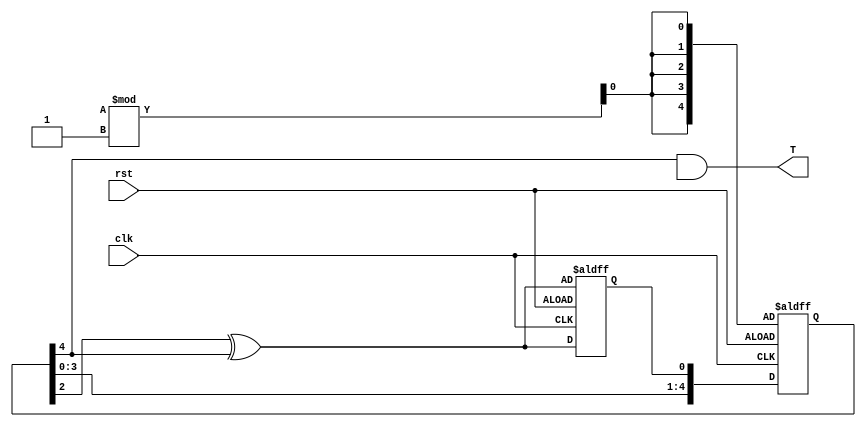
module Traffic_Sensor(T,clk,rst);

input clk,rst;

output T;

reg [4:0] LFSR=5'b10110;
reg temp1;
reg temp2;
reg temp3;
reg temp4;
reg temp5;


reg fdbck=1'b1;

always@(posedge clk,posedge rst)
  if(rst)
     begin
   	LFSR[0]<=$urandom%1;
   	LFSR[1]<=$urandom%1;
  	LFSR[2]<=$urandom%1;
   	LFSR[3]<=$urandom%1;
   	LFSR[4]<=$urandom%1;
        fdbck<=LFSR[2]^LFSR[4];
     end
       
  else
    begin
     LFSR[0]<=fdbck;
     LFSR[1]<=LFSR[0];
     LFSR[2]<=LFSR[1];
     LFSR[3]<=LFSR[2];
     LFSR[4]<=LFSR[3];
     fdbck<=LFSR[2]^LFSR[4];
    end 
  assign T=LFSR[4]&LFSR[5];
 
endmodule